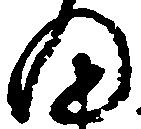
細